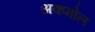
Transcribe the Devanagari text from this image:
अकमोल